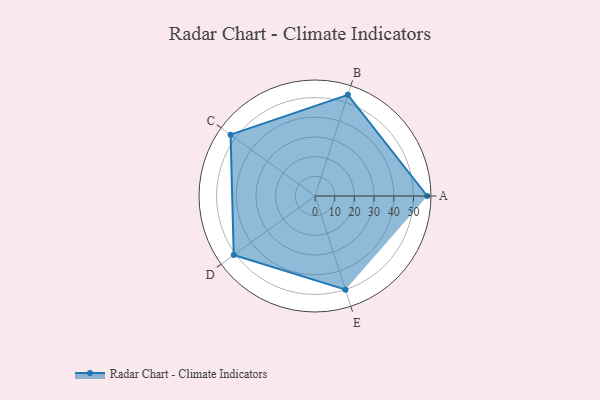
{"axis": {"x": "Skill", "y": "Score"}, "legend": ["Profile"], "data": [{"x": "A", "y": 57.0, "type": "Profile"}, {"x": "B", "y": 54.0, "type": "Profile"}, {"x": "C", "y": 53.0, "type": "Profile"}, {"x": "D", "y": 51.0, "type": "Profile"}, {"x": "E", "y": 50.0, "type": "Profile"}]}